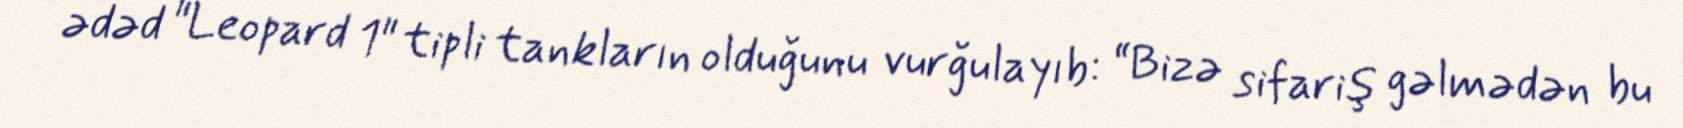
ədəd "Leopard 1" tipli tankların olduğunu vurğulayıb: “Bizə sifariş gəlmədən bu